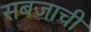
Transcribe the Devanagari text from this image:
सबजाची